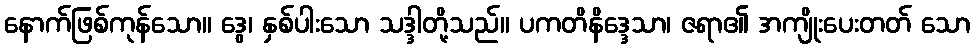
နောက်ဖြစ်ကုန်သော။ ဒွေ၊ နှစ်ပါးသော သဒ္ဒါတို့သည်။ ပကတိနိဒ္ဒေသာ၊ ဇရာ၏ အကျိုးပေးတတ် သော